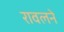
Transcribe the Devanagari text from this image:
रावलने